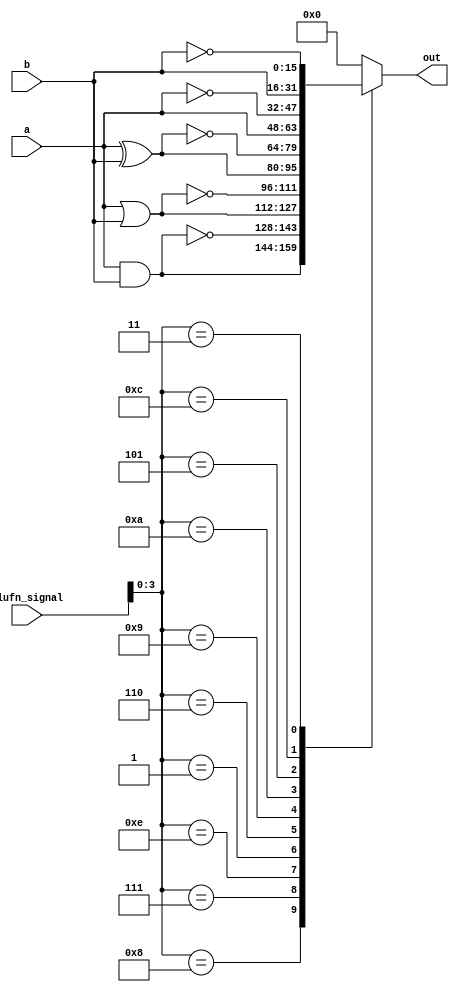
/*
   This file was generated automatically by Alchitry Labs version 1.2.1.
   Do not edit this file directly. Instead edit the original Lucid source.
   This is a temporary file and any changes made to it will be destroyed.
*/

module booleanUnit_15 (
    input [15:0] a,
    input [15:0] b,
    input [5:0] alufn_signal,
    output reg [15:0] out
  );
  
  
  
  always @* begin
    
    case (alufn_signal[0+3-:4])
      4'h8: begin
        out = a & b;
      end
      4'h7: begin
        out = ~(a & b);
      end
      4'he: begin
        out = a | b;
      end
      4'h1: begin
        out = ~(a | b);
      end
      4'h6: begin
        out = a ^ b;
      end
      4'h9: begin
        out = ~(a ^ b);
      end
      4'ha: begin
        out = a;
      end
      4'h5: begin
        out = ~a;
      end
      4'hc: begin
        out = b;
      end
      4'h3: begin
        out = ~b;
      end
      default: begin
        out = 32'h00000000;
      end
    endcase
  end
endmodule